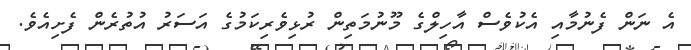
އެ ނަން ފެނުމާއި އެކުވެސް އާހިލްގެ މޫނުމަތިން ރުޅިވެރިކަމުގެ އަސަރު އުތުރެން ފެށިއެވެ.